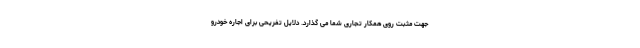
جهت مثبت روی همکار تجاری شما می گذارد. دلایل تفریحی برای اجاره خودرو